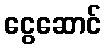
ငွေဆောင်